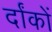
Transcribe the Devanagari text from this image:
र्दांकों